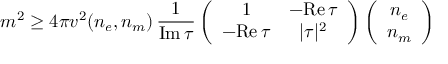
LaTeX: m ^ { 2 } \geq 4 \pi v ^ { 2 } ( n _ { e } , n _ { m } ) \, \frac { 1 } { \mathrm { I m } \, \tau } \left( \begin{array} { c c } { { 1 } } & { { - \mathrm { R e } \, \tau } } \\ { { - \mathrm { R e } \, \tau } } & { { | \tau | ^ { 2 } } } \end{array} \right) \left( \begin{array} { c } { { n _ { e } } } \\ { { n _ { m } } } \end{array} \right)